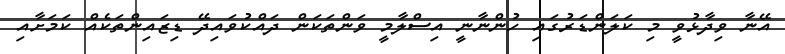
އޭނާ ވިދާޅުވީ މި ކަލަންޑަރުގައި ހުންނާނީ އިސްލާމީ ވަންތަކަން ދައްކުވައިދޭ ޑިޒައިންތަކެއް ކަމަށާއި